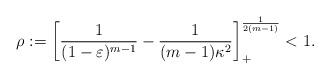
LaTeX: \begin{align*}\rho :=\left[\frac{1}{(1 -\varepsilon)^{m-1}} -\frac{1}{(m-1)\kappa^2}\right]_+^{\frac{1}{2(m-1)}} <1.\end{align*}